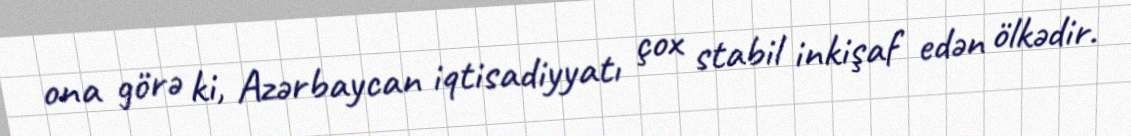
ona görə ki, Azərbaycan iqtisadiyyatı çox stabil inkişaf edən ölkədir.